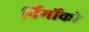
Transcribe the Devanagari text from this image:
र्निर्मोको